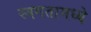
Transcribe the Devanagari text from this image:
स्वगतामध्ये